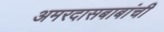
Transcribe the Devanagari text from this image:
अमरदासबाबांची